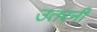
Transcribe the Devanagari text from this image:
उतरनी